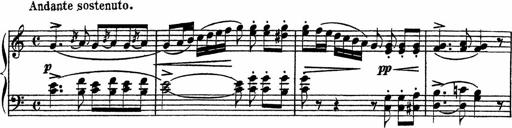
Title: Piano Sonatinas
Composer: Charles Fradel